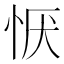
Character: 恹